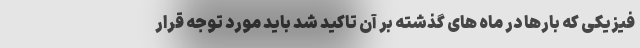
فیزیکی که بارها در ماه های گذشته بر آن تاکید شد باید مورد توجه قرار